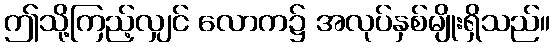
ဤသို့ကြည့်လျှင် လောက၌ အလုပ်နှစ်မျိုးရှိသည်။